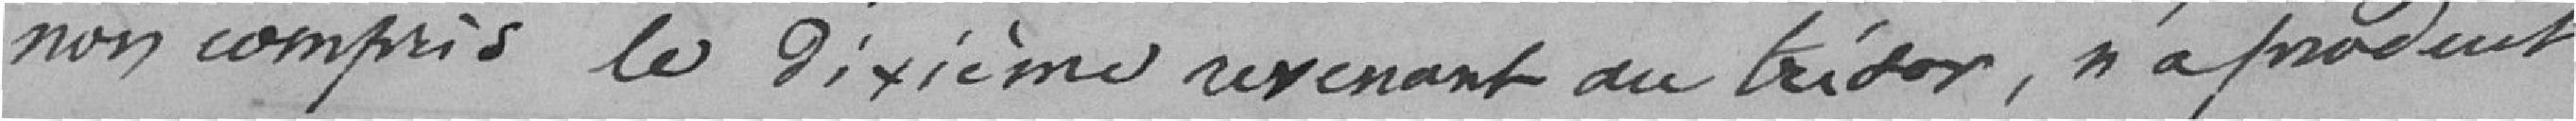
non compris le dixième revenant au trésor, n'a produit